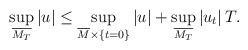
LaTeX: \begin{align*}\sup_{\overline{M_T}} |u| \leq \sup_{\overline{M}\times \{t=0\}} |u| + \sup_{\overline{M_T}} |u_t|\, T.\end{align*}